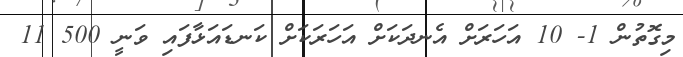
މިގޮތުން 1- 10 އަހަރަށް އެނދަކަށް އަހަރަކަށް ކަނޑައަޅާފައި ވަނީ 500 11